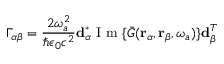
\Gamma _ { \alpha \beta } = \frac { 2 \omega _ { a } ^ { 2 } } { \hbar \epsilon _ { 0 } c ^ { 2 } } \mathbf { d } _ { \alpha } ^ { * } \mathrm { ~ I ~ m ~ } \{ \bar { G } ( \mathbf { r } _ { \alpha } , \mathbf { r } _ { \beta } , \omega _ { a } ) \} \mathbf { d } _ { \beta } ^ { T }